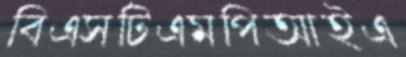
বিএসটিএমপিআইএ